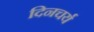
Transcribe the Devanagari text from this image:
दिनचर्य